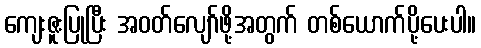
ကျေးဇူးပြုပြီး အဝတ်လျော်ဖို့အတွက် တစ်ယောက်ပို့ပေးပါ။